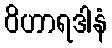
ဝိဟာရဒါနံ